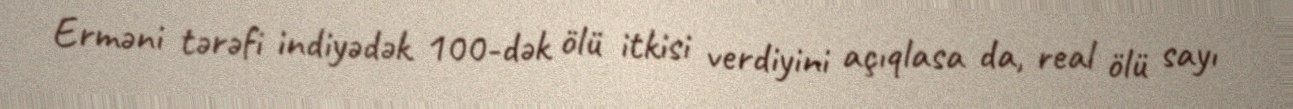
Erməni tərəfi indiyədək 100-dək ölü itkisi verdiyini açıqlasa da, real ölü sayı